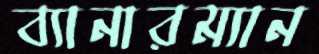
ব্যানারম্যান